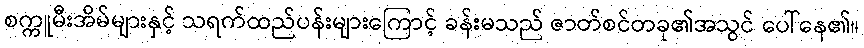
စက္ကူမီးအိမ်များနှင့် သရက်ထည်ပန်းများကြောင့် ခန်းမသည် ဇာတ်စင်တခု၏အသွင် ပေါ်နေ၏။